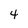
Character: 4